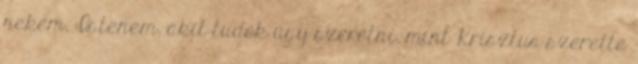
nekem, Istenem, akit tudok úgy szeretni, mint Krisztus szerette